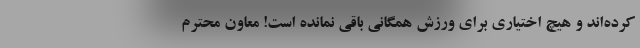
کرده‌اند و هیچ اختیاری برای ورزش همگانی باقی نمانده است! معاون محترم